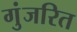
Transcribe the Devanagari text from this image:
गुंजरित